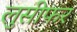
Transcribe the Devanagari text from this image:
लुसीफर